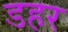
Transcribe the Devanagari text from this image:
डहर